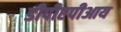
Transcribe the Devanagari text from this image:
डीपीएपीआय